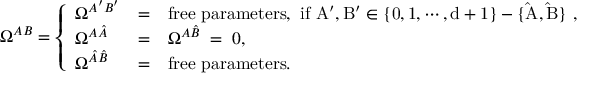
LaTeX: \Omega ^ { A B } = \left\{ \begin{array} { l l l } { { \Omega ^ { A ^ { \prime } B ^ { \prime } } } } & { { = } } & { { \mathrm { f r e e ~ p a r a m e t e r s , ~ i f ~ A ^ { \prime } , B ^ { \prime } \in \{ 0 , 1 , \cdots , d + 1 \} - \{ \hat { A } , \hat { B } \} ~ } , } } \\ { { \Omega ^ { A \hat { A } } } } & { { = } } & { { \Omega ^ { A \hat { B } } \; = \; 0 , } } \\ { { \Omega ^ { \hat { A } \hat { B } } } } & { { = } } & { { \mathrm { f r e e ~ p a r a m e t e r s } . } } \end{array} \right.